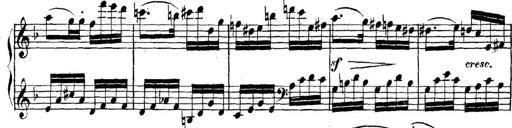
Title: Collected Piano Sonatas
Composer: Muzio Clementi